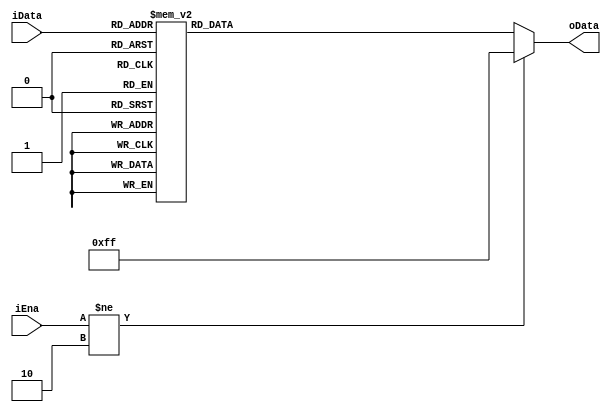
`timescale 1ns / 1ps
//////////////////////////////////////////////////////////////////////////////////
// Company: 
// Engineer: 
// 
// Design Name: 
// Module Name: decoder
// Project Name: 
// Target Devices: 
// Tool Versions: 
// Description: 
// 
// Dependencies: 
// 
// Revision:
// Revision 0.01 - File Created
// Additional Comments:
// 
//////////////////////////////////////////////////////////////////////////////////


module decoder(
    input [2:0] iData,
    input [1:0] iEna,
    output reg [7:0] oData
    );
    always @(*)
        begin
          if(iEna!=2'b10)
            oData=8'b1111_1111;
          else
           case(iData)
             3'd0: oData = 8'b1111_1110;
             3'd1: oData = 8'b1111_1101;
             3'd2: oData = 8'b1111_1011;
             3'd3: oData = 8'b1111_0111;
             3'd4: oData = 8'b1110_1111;
             3'd5: oData = 8'b1101_1111;
             3'd6: oData = 8'b1011_1111;
             3'd7: oData = 8'b0111_1111;
           endcase
        end
endmodule